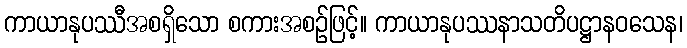
ကာယာနုပဿီအစရှိသော စကားအစဉ်ဖြင့်။ ကာယာနုပဿနာသတိပဋ္ဌာနဝသေန၊